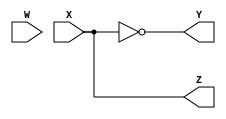
// we are creating 4 wires W,X,Y,Z.
module wireTest2 (W, X, Y, Z);
//Now we have to created the input of W & X and outputs of Y and Z.

    input W;
    input X;
    output Y;
    output Z;

// Then we assign Y to the negation of X as requested and Z to the negation of Y.
    assign Y = ~X;

    assign Z = ~Y;

endmodule